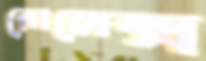
রোলেক্স